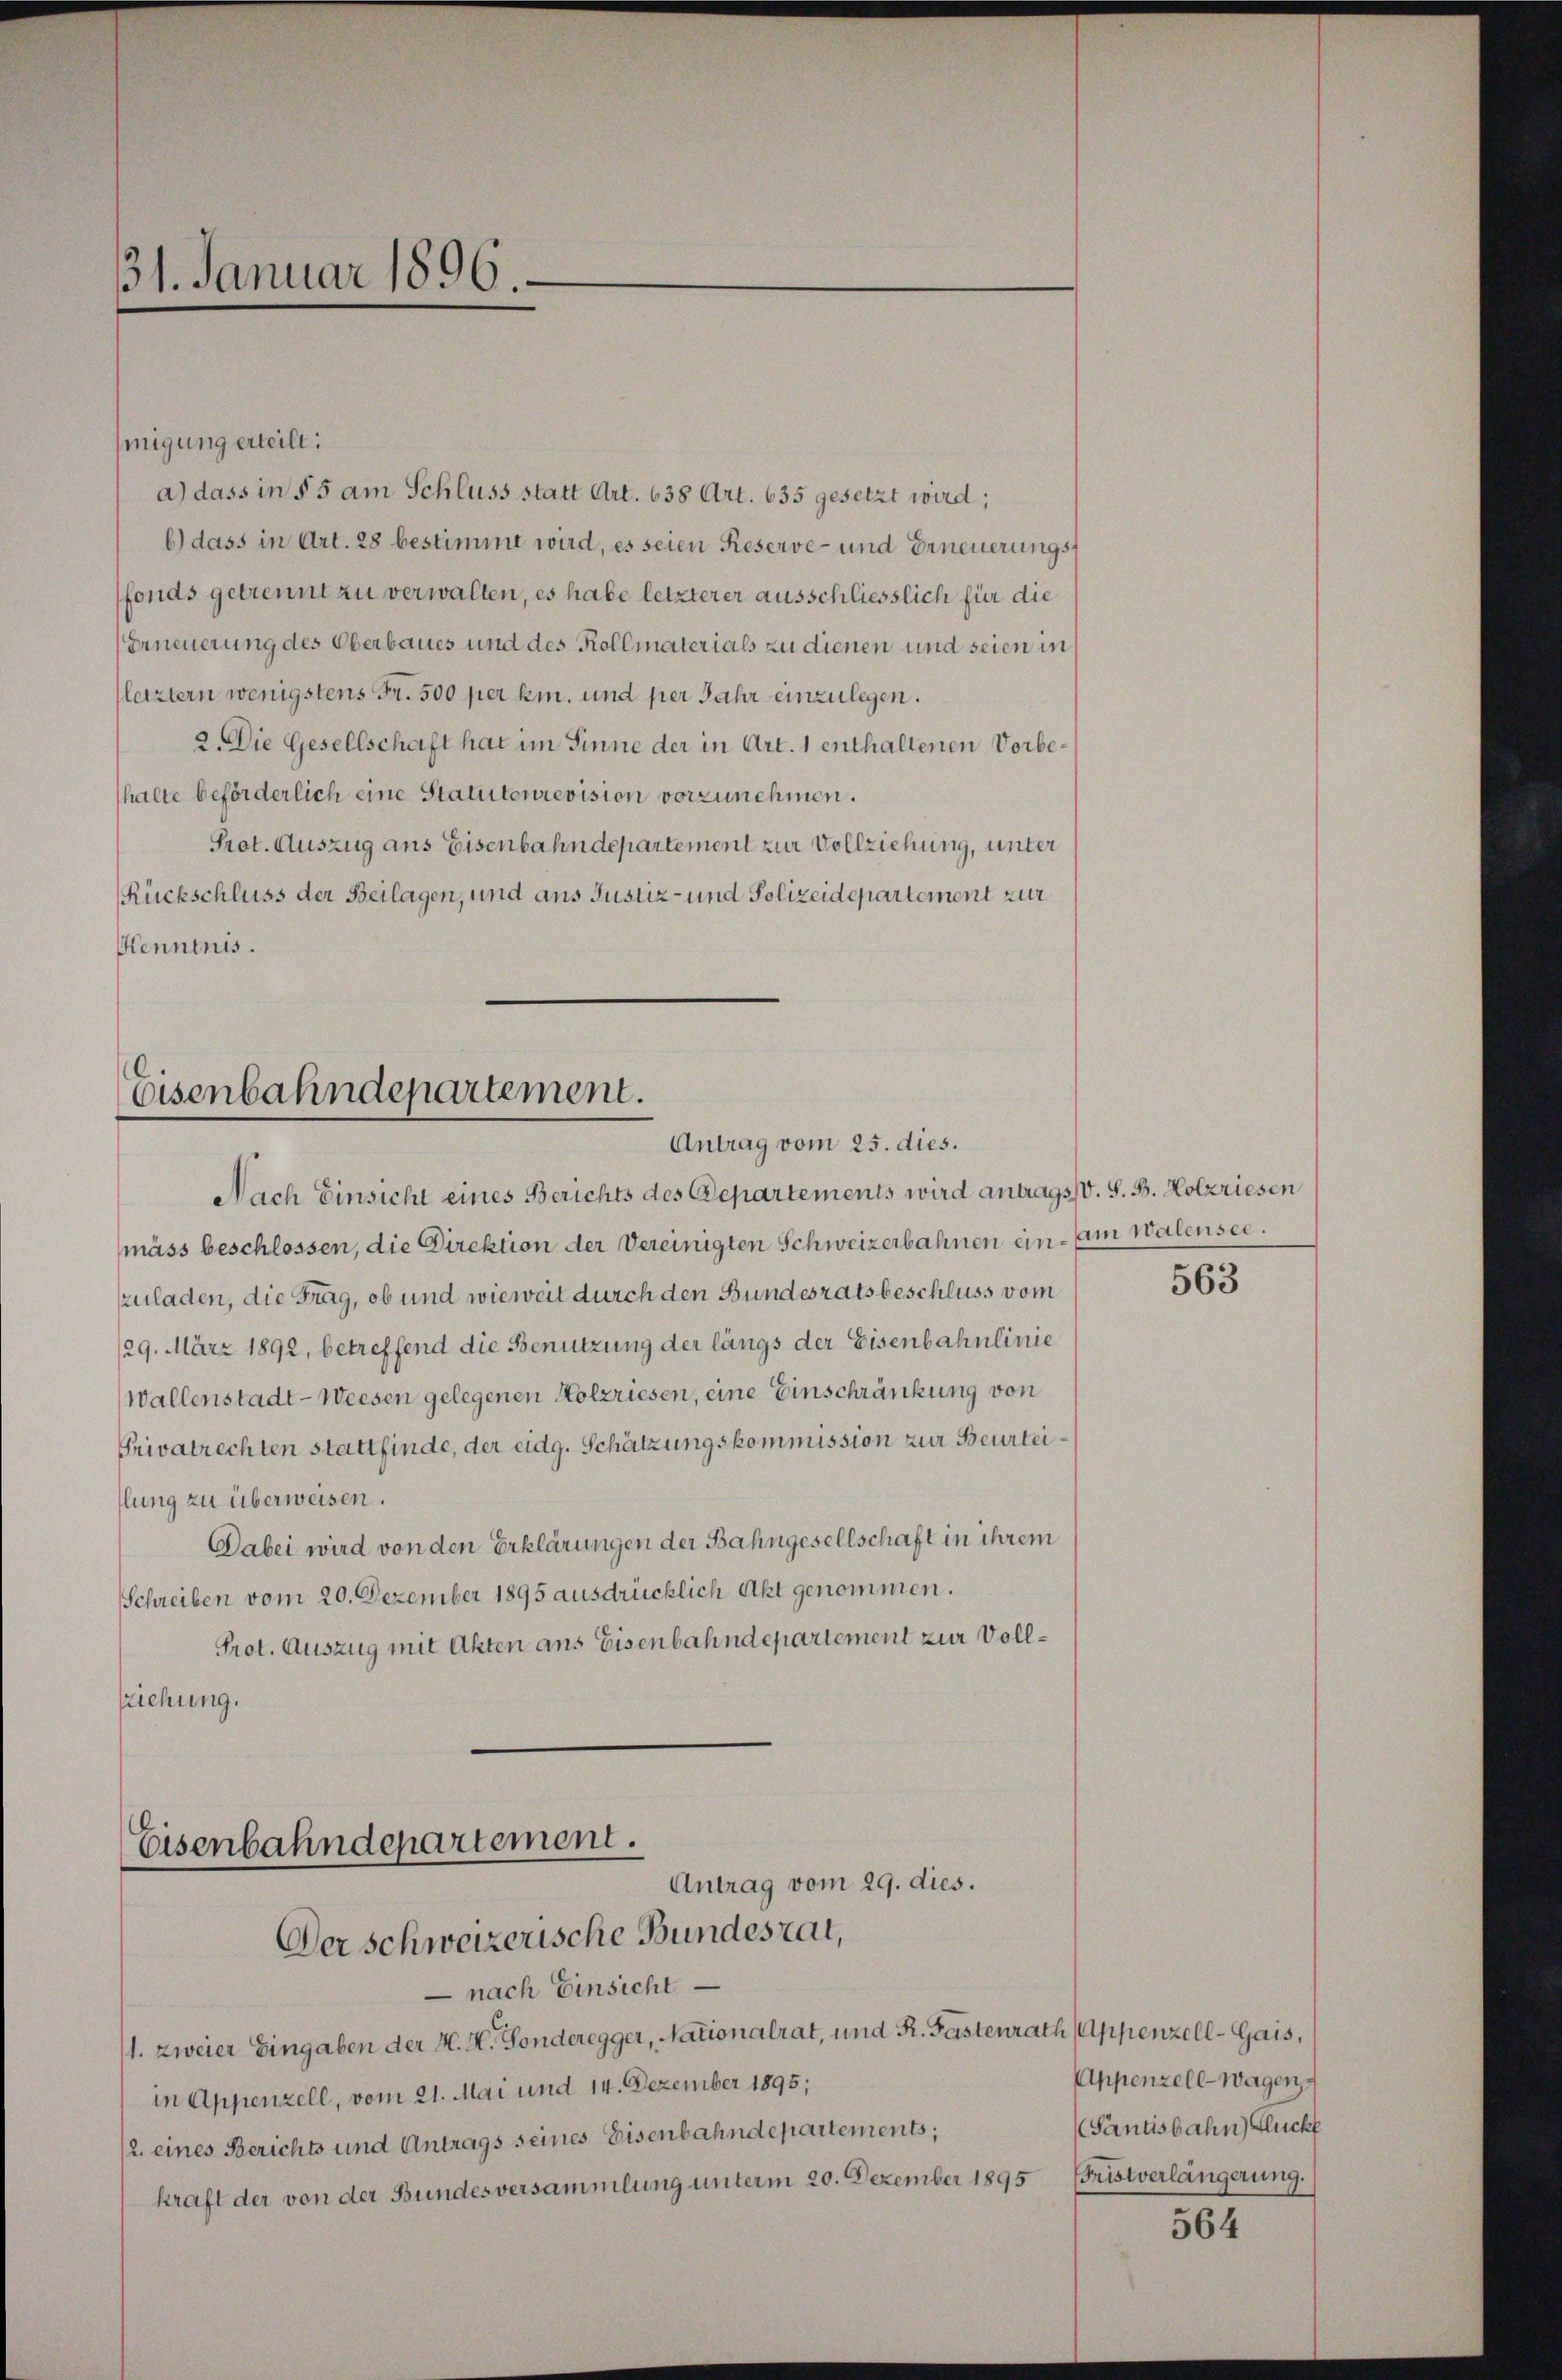
31. Januar 1896

hinigung erteilt:
a) dass in § 5 am Schluss statt Art. 638 Art. 635 gesetzt wird;
b.) dass in Art. 28 bestimmt wird, es seien Reserve- und Erneuerungsfonds getrennt zu verwalten, es habe letzterer ausschliesslich für die
Erneuerung des Oberbaues und des Kollmaterials zu dienen und seien in
letztern wenigstens Fr. 500 per k. und per Jahr einzulegen.
2. Die Gesellschaft hat im Sinne der in Art. 1 enthaltenen Vorbehalte beförderlich eine Statutenrevision vorzunehmen.
Prot. Auszug aus Eisenbahndepartement zur Vollziehung, unter
Rückschluss der Beilagen, und aus Justiz- und Polizeidepartement zur
Kenntnis.

Eisenbahndepartement.
Antrag vom 25. dies.

Nach Einsicht eines Berichts des Departements wird antrags V. S. B. Holzriesen
mäss beschlossen, die Direktion der Vereinigten Schweizerbahnen ein - am Walensee.
zuladen, die Frag, ob und wieweit durch den Bundesratsbeschluss vom
/29. März 1892, betreffend die Benutzung der längs der Eisenbahnlinie
wallenstadt - Weesen gelegenen Holzriesen, eine Einschränkung von
Privatrechten stattfinde, der eidg. Schätzungskommission zur Beurteiflung zu überweisen.
Dabei wird von den Erklärungen der Bahngesellschaft in ihrem
Schreiben vom 20. Dezember 1895 ausdrücklich Akt genommen.
Prot. Auszug mit Akten ans Eisenbahndepartement zur Vollziehung.
Eisenbahndepartement.

Antrag vom 29. dies.
Der schweizerische Bundesrat,

nach Einsicht
1. zweier Eingaben der H. H. Gonderegger, Nationalrat, und R. Fastenrath Appenzell-Gais,
in Appenzell, vom 21. Mai und 14. Dezember 1895;
/2. eines Berichts und Antrags seines Eisenbahndepartements;
kraft der von der Bundesversammlung unterm 20. Dezember 1895 (Fristverlängerung.

563

564

Appenzell-Wagen
Santisbahn Glück